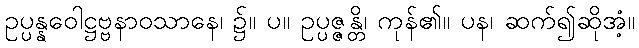
ဥပ္ပန္နဝေါဋ္ဌဗ္ဗနာဝသာနေ၊ ၌။ ပ။ ဥပ္ပဇ္ဇန္တိ၊ ကုန်၏။ ပန၊ ဆက်၍ဆိုအံ့။